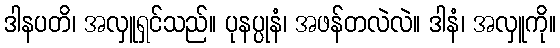
ဒါနပတိ၊ အလှူရှင်သည်။ ပုနပ္ပုနံ၊ အဖန်တလဲလဲ။ ဒါနံ၊ အလှူကို။